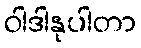
ဝါဒါနုပါတာ